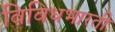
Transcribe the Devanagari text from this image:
विविधभारती